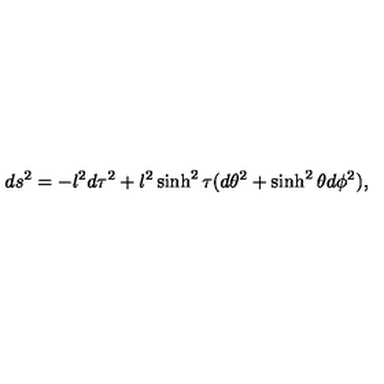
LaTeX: d s ^ { 2 } = - l ^ { 2 } d \tau ^ { 2 } + l ^ { 2 } \sinh ^ { 2 } \tau ( d \theta ^ { 2 } + \sinh ^ { 2 } \theta d \phi ^ { 2 } ) ,